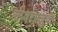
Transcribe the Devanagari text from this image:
लीवरफ्लूक